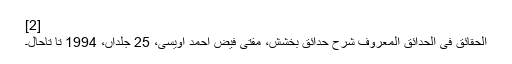
[2]
الحقائق فی الحدائق المعروف شرح حدائق بخشش، مفتی فیض احمد اویسی، 25 جلداں، 1994 تا تاحال۔